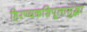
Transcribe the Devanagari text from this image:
हिरण्यकशिपूलासुद्धा